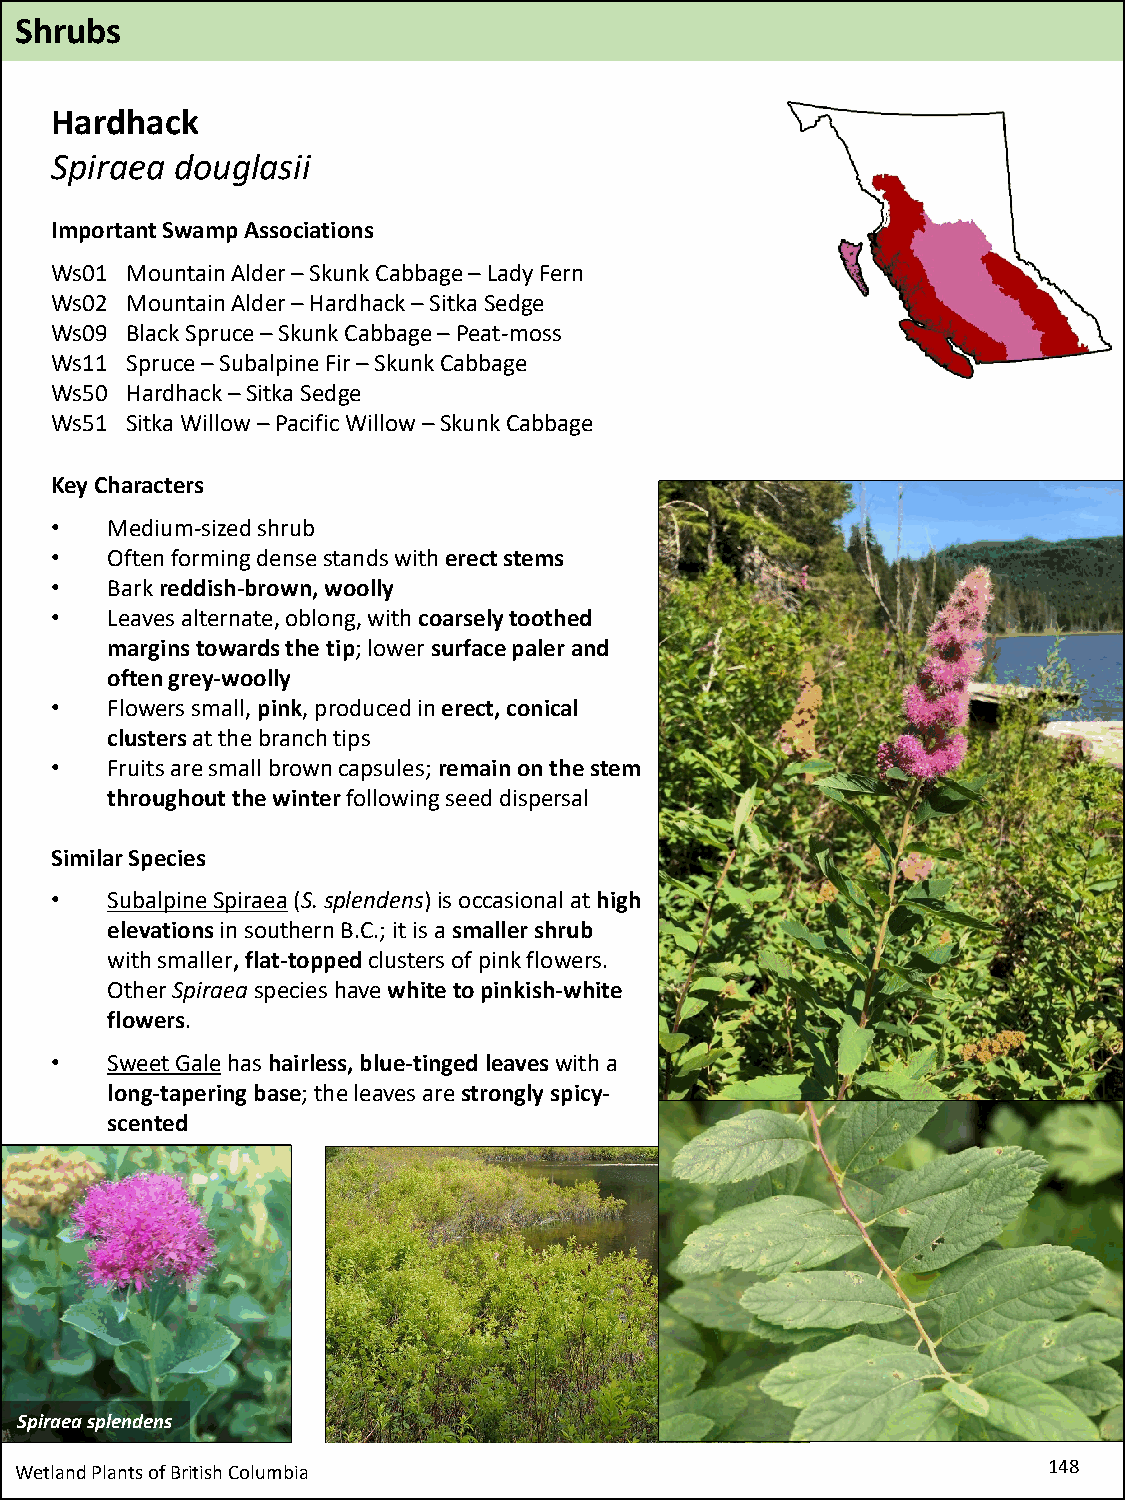
Shrubs
 Hardhack
 Spiraea  douglasii
 Important Swamp Associations
 Ws01 Mountain Alder –Skunk Cabbage –Lady Fern
 Ws02 Mountain Alder –Hardhack –Sitka Sedge
 Ws09 Black Spruce –Skunk Cabbage –Peat-moss
 Ws11 Spruce –Subalpine Fir –Skunk Cabbage
 Ws50 Hardhack –Sitka Sedge
 Ws51 Sitka Willow –Pacific Willow –Skunk Cabbage
 Key Characters
 •   Medium-sized shrub
 •   Often forming dense stands with erect stems
 •   Bark reddish-brown, woolly
 •   Leaves alternate, oblong, with coarsely toothed
 margins towards the tip; lower surface paler and
 often grey-woolly
 •   Flowers small, pink, produced in erect, conical
 clustersat the branch tips
 •   Fruits are small brown capsules; remain on the stem
 throughout the winterfollowing seed dispersal
 Similar Species
 •   Subalpine Spiraea(S. splendens)is occasional at high
 elevations in southern B.C.; it is a smaller shrub
 with smaller, flat-toppedclusters of pink flowers.
 Other Spiraeaspecies have white to pinkish-white
 flowers.
 •   Sweet Galehas hairless, blue-tinged leaves with a
 long-tapering base; the leaves are strongly spicy-
 scented
 Spiraeasplendens
 Wetland Plants of British Columbia                                  148